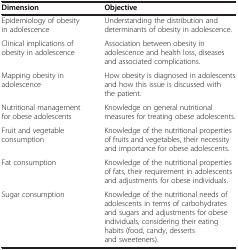
| Dimension | Objective |
 | --- | --- |
 | Epidemiology of obesity in adolescence | Understanding the distribution and determinants of obesity in adolescence. |
 | Clinical implications of obesity in adolescence | Association between obesity in adolescence and health loss, diseases and associated complications. |
 | Mapping obesity in adolescence | How obesity is diagnosed in adolescents and how this issue is discussed with the patient. |
 | Nutritional management for obese adolescents | Knowledge on general nutritional measures for treating obese adolescents. |
 | Fruit and vegetable consumption | Knowledge of the nutritional properties of fruits and vegetables, their necessity and importance for obese adolescents. |
 | Fat consumption | Knowledge of the nutritional properties of fats, their requirement in adolescents and adjustments for obese individuals. |
 | Sugar consumption | Knowledge of the nutritional needs of adolescents in terms of carbohydrates and sugars and adjustments for obese individuals, considering their eating habits (food, candy, desserts and sweeteners). |